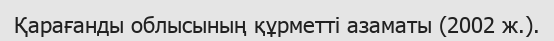
Қарағанды облысының құрметті азаматы (2002 ж.).